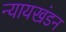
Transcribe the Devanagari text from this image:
न्यायखंडन